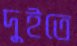
দুইতে